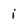
Character: i